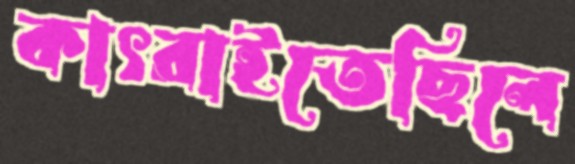
কাৎরাইতেছিলে